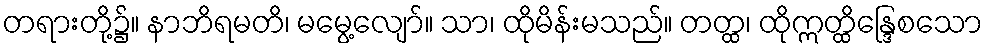
တရားတို့၌။ နာဘိရမတိ၊ မမွေ့လျော်။ သာ၊ ထိုမိန်းမသည်။ တတ္ထ၊ ထိုဣတ္ထိန္ဒြေစသော